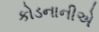
કોડનાનીએ